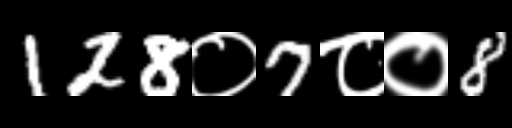
Text: 128०7८०8